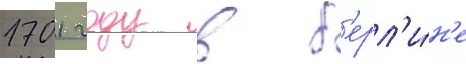
1701 году в б'ерл'и́н'е